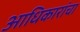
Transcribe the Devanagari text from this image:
आधिकारांचा